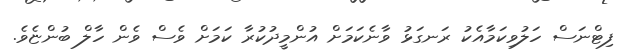
ފިޓްނަސް ހަލުވިކަމާއެކު ރަނގަޅު ވާނެކަމަށް އުންމީދުކުރާ ކަމަށް ވެސް ވެން ހާލް ބުންޏެވެ.